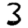
Digit: 3